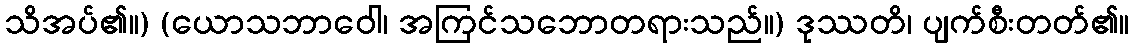
သိအပ်၏။) (ယောသဘာဝေါ၊ အကြင်သဘောတရားသည်။) ဒုဿတိ၊ ပျက်စီးတတ်၏။